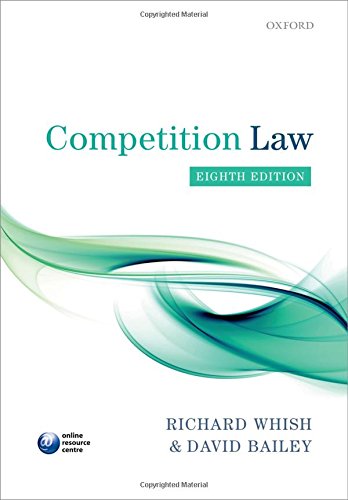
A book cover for Competition Law; Richard Whish; Law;